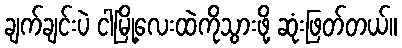
ချက်ချင်းပဲ ငါမြို့လေးထဲကိုသွားဖို့ ဆုံးဖြတ်တယ်။